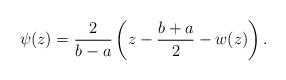
LaTeX: \begin{align*}\psi(z) = \frac2{b-a}\left(z-\frac{b+a}2 - w(z)\right).\end{align*}